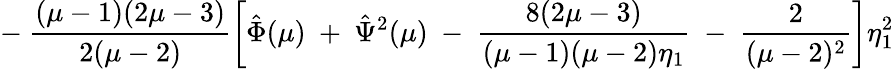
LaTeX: -~\frac{(\mu-1)(2\mu-3)}{2(\mu-2)}\left[\hat{\Phi}(\mu)~+~\hat{\Psi}^{2}(\mu)~-~\frac{8(2\mu-3)}{(\mu-1)(\mu-2)\eta_{1}}~-~\frac{2}{(\mu-2)^{2}}\right]\eta_{1}^{2}